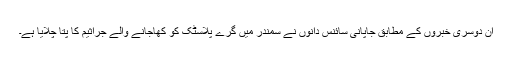
ان دوسری خبروں کے مطابق جاپانی سائنس دانوں نے سمندر میں گرے پلاسٹک کو کھاجانے والے جراثیم کا پتا چلایا ہے۔